Annual administration report of the Civil Veterinary Department, Ajmere-Merwara, British Rajputana - 1914-1940
Year: 1914
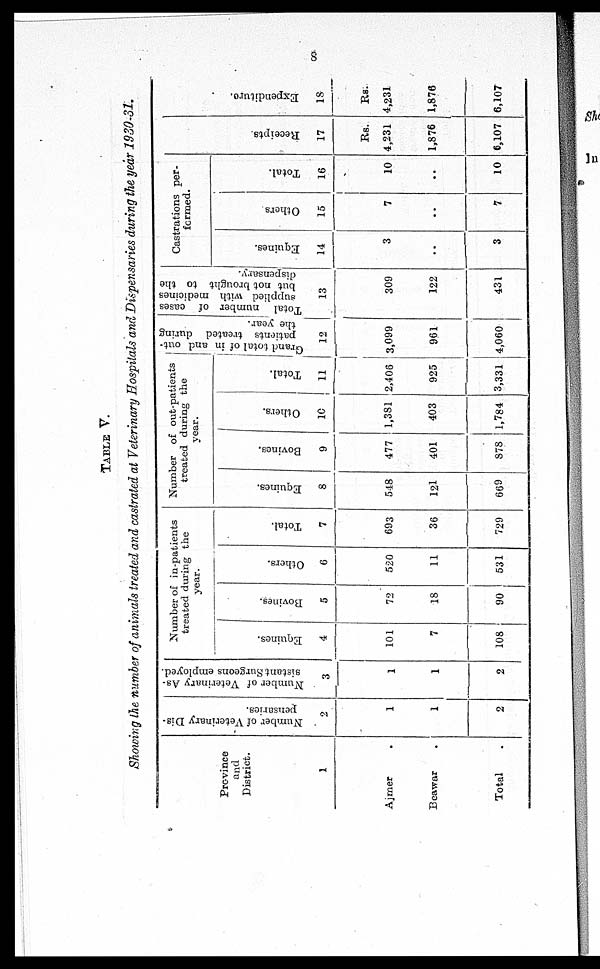
8
TABLE V.
Showing the number of animals treated and castrated at Veterinary Hospitals and Dispensaries during the year 1930-31.
Province
and
District.
1
Ajmer .
Beawar
.
Total .
Number of Veterinary Dis-
pensaries.
2
1
1
2
Number of Veterinary As-
sistant Surgeons employed.
3
1
1
2
Number of in-patients
treated during the
year.
Equines.
4
101
7
108
Bovines.
5
72
18
90
Others.
6
520
11
531
Total.
7
693
36
729
Number of out-patients
treated during the
year.
Equines.
8
518
121
669
Bovines.
9
477
401
878
Others.
10
1,381
403
1,784
Total.
11
2,406
925
3,331
Grand total of in and out-
patients treated during
the year.
12
3,099
961
4,060
Total number of cases
supplied with medicines
but not brought to the
dispensary.
13
309
122
431
Castrations per-
formed.
Equines.
14
3
..
3
Others
15
7
..
7
Total.
16
10
..
10
Recei pt s
17
Rs.
4,231
1,876
6,107
Expe ndi t
ur e .
18
Rs.
4,231
1,876
6,107